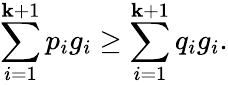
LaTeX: \sum_{i=1}^{\mathbf{k}+1}p_{i}g_{i}\geq\sum_{i=1}^{\mathbf{k}+1}q_{i}g_{i}.